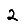
Digit: 2